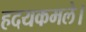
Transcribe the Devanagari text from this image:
हदयकमले।